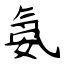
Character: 氨